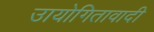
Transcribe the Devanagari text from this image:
उायोगितावादी